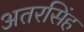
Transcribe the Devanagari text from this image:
अतरसिंह